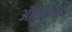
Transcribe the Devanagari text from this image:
ऑलराईट